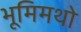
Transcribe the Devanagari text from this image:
भूमिमथो